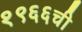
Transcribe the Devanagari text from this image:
१९६६ची